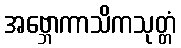
အဗ္ဘောကာသိကသုတ္တံ